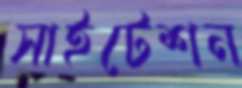
সাইটেশন